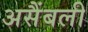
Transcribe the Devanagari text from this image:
असैंबली